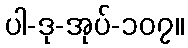
ပါ-ဒု-အုပ်-၁၀၇။